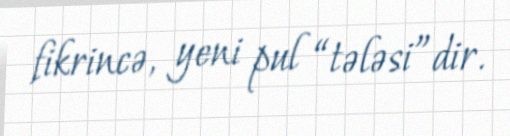
fikrincə, yeni pul “tələsi”dir.